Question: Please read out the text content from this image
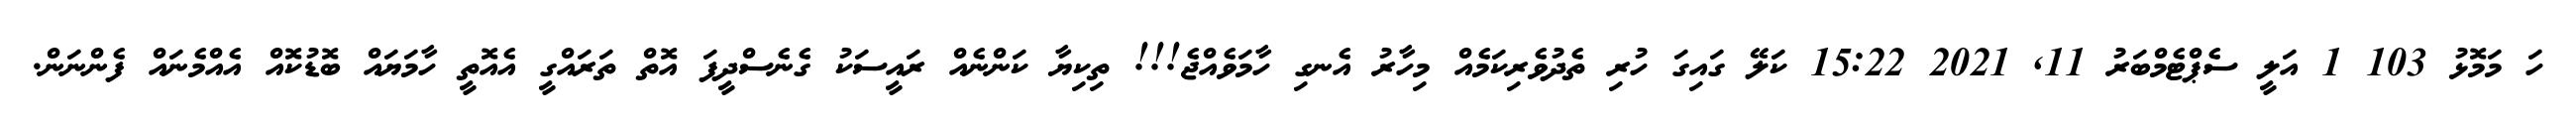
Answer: ހަ މަމޮޅު 103 1 އަލީ ސެޕްޓެމްބަރު 11, 2021 15:22 ކަލޭ ގައިގަ ހުރި ތެދުވެރިކަމެއް މިހާރު އެނގި ހާމަވެއްޖެ!!! ތިކިޔާ ކަންނެއް ރައީސަކު ގެނެސްދީފަ އޮތް ތަރައްގީ އެއޮތީ ހާމަޔައް ބޮޑުކޮއް އެއްމެނައް ފެންނަން.